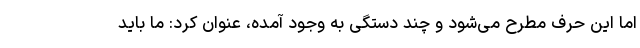
اما این حرف مطرح می‌شود و چند دستگی به وجود آمده، عنوان کرد: ما باید